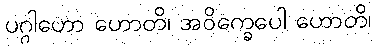
ပဂ္ဂါဟော ဟောတိ၊ အဝိက္ခေပေါ ဟောတိ၊